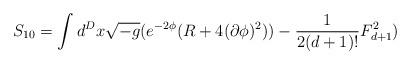
LaTeX: \begin{align*}S_{10}=\int d^Dx\sqrt{-g}(e^{-2\phi}(R+4(\partial\phi)^2)) - \frac{1}{2(d+1)!}F_{d+1}^2)\end{align*}